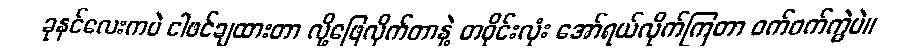
ခုနင်လေးကပဲ ငါဖင်ချထားတာ လို့ဖြေလိုက်တာနဲ့ တဝိုင်းလုံး အော်ရယ်လိုက်ကြတာ ဝက်ဝက်ကွဲပဲ။